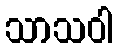
သာသဝါ